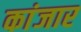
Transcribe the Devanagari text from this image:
कांजार